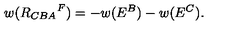
w ( { R _ { C B A } } ^ { F } ) = - w ( E ^ { B } ) - w ( E ^ { C } ) .